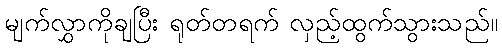
မျက်လွှာကိုချပြီး ရုတ်တရက် လှည့်ထွက်သွားသည်။